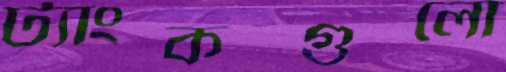
ট্যাংকগুলো